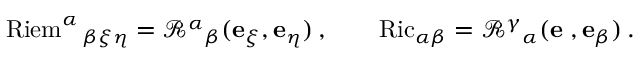
\operatorname { R i e m } ^ { \alpha } { } _ { \beta \xi \eta } = \mathcal { R } ^ { \alpha } { } _ { \beta } ( \mathbf { e } _ { \xi } , \mathbf { e } _ { \eta } ) \, , \qquad \operatorname { R i c } _ { \alpha \beta } = \mathcal { R } ^ { \gamma } { } _ { \alpha } ( \mathbf { \mathbf { e } _ { \gamma } } , \mathbf { e } _ { \beta } ) \, .